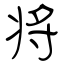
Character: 将